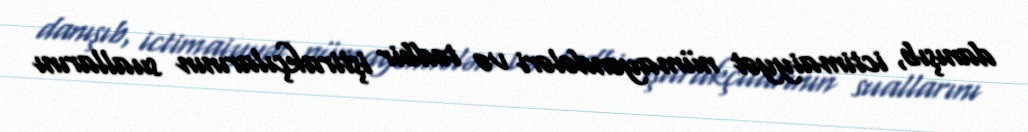
danışıb, ictimaiyyət nümayəndələri və tədbir iştirakçılarının suallarını